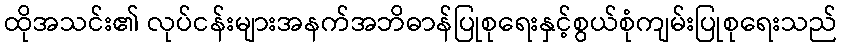
ထိုအသင်း၏ လုပ်ငန်းများအနက်အဘိဓာန်ပြုစုရေးနှင့်စွယ်စုံကျမ်းပြုစုရေးသည်